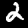
Digit: 2